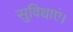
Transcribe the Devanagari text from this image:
सुविधाएं।